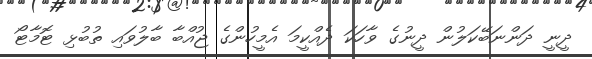
ދީނީ ދަންނަބޭކަލުން ދީނުގެ ވާހަކަ ދެއްކީމަ އެމީހުންގެ ޖުއްބާ ބާލުވައި ތުބުޅި ޓޮމާޓޯ